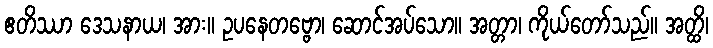
ဧတိဿာ ဒေသနာယ၊ အား။ ဥပနေတဗ္ဗော၊ ဆောင်အပ်သော။ အတ္တာ၊ ကိုယ်တော်သည်။ အတ္ထိ၊